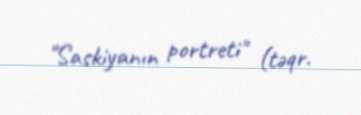
"Saskiyanın portreti" (təqr.